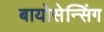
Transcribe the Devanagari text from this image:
बायोसेन्सिंग